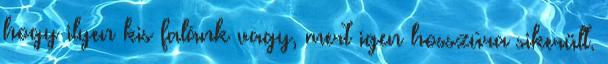
hogy ilyen kis falánk vagy, mert igen hosszúra sikerült.